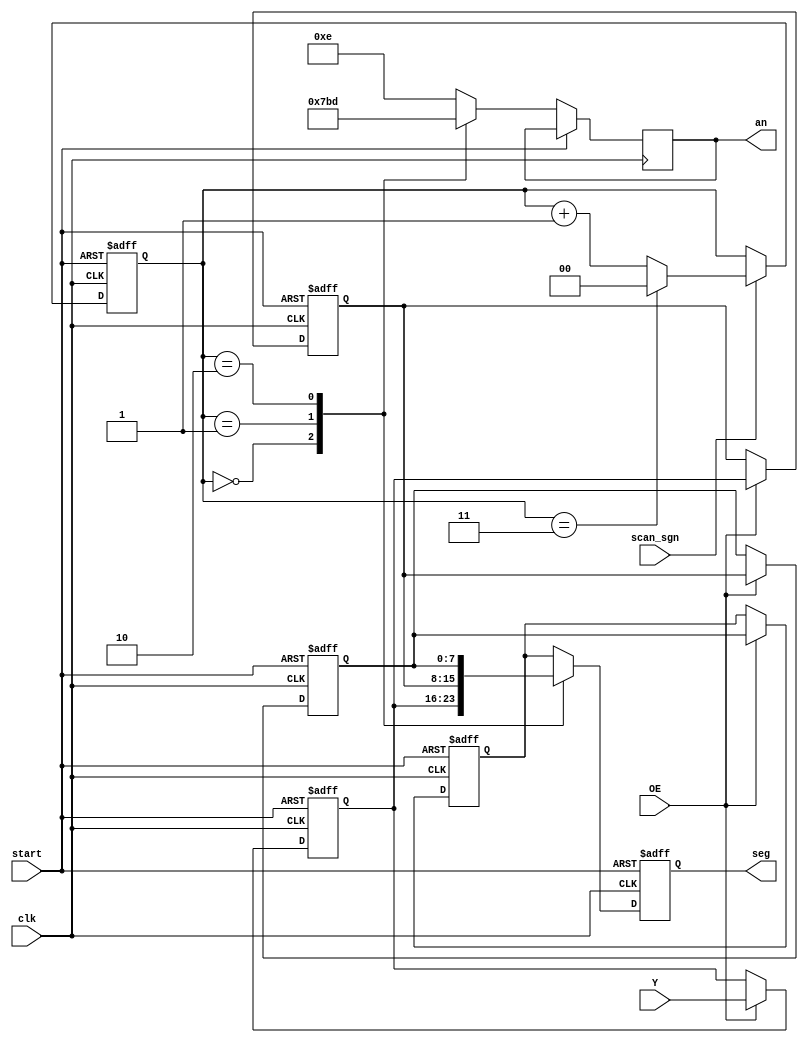
`timescale 1ns / 1ps
//////////////////////////////////////////////////////////////////////////////////
// Company: 
// Engineer: 
// 
// Design Name: 
// Module Name:    display 
// Project Name: 
// Target Devices: 
// Tool versions: 
// Description: 
//
// Dependencies: 
//
// Revision: 
// Revision 0.01 - File Created
// Additional Comments: 
//
//////////////////////////////////////////////////////////////////////////////////


module display(
    input clk,
    input scan_sgn,
	 input start,
    output reg [3:0] an,
    output reg [7:0] seg,
    input [7:0] Y,
	 input OE
    );


	
	integer i;
	reg [1:0] a;
	reg [7:0] display_num [3:0] ;

	always@(posedge clk or posedge start)
	begin
		if(start)
		begin
			a<=2'b00;
		end
		else if(scan_sgn)
		begin//begin
				if(a==2'b11)
					a<=2'b00;
				else
					a<=a+2'b1;
		end
	end

always@(posedge clk or posedge start)
begin
	if(start)
		seg<=8'b1111_1111;		
	else
		case(a)
			2'b00:
			begin
				an<=4'b0111;
				seg<=display_num[3];
			end
			2'b01:
			begin
				an<=4'b1011;
				seg<=display_num[2];
			end
			2'b10:
			begin
				an<=4'b1101;
				seg<=display_num[1];
			end
		default:
			begin
				an<=4'b1110;
				seg<=display_num[0];
			end
		endcase
end

		
	always@(posedge clk or posedge start)
		if(start)
			for(i=0;i<4;i=i+1)
				display_num[i]<=8'b1111_1111;
		else if(OE)
		begin
			display_num[0]<=display_num[1];
			display_num[1]<=display_num[2];
			display_num[2]<=display_num[3];
			display_num[3]<=Y;//
		end

endmodule